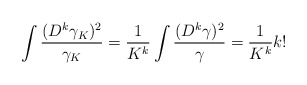
\begin{align*}\int\frac{(D^k\gamma_K)^2}{\gamma_K}=\frac{1}{K^k}\int \frac{(D^k\gamma)^2}{\gamma}=\frac{1}{K^k}k!\end{align*}